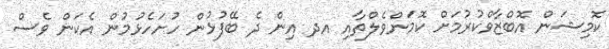
ކޮމިޝަން އޮބްޒާވްކުރުމަށް ކޮމަންވެލްތާއި އދ އިން ދެ ބޭފުޅުން ހުށަހެޅުމުން އެކަން ވެސް